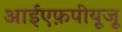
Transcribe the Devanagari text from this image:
आईएफ़पीयूजू